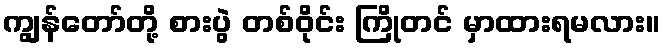
ကျွန်တော်တို့ စားပွဲ တစ်ဝိုင်း ကြိုတင် မှာထားရမလား။